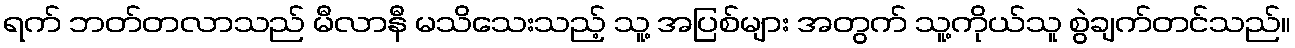
ရက် ဘတ်တလာသည် မီလာနီ မသိသေးသည့် သူ့ အပြစ်များ အတွက် သူ့ကိုယ်သူ စွဲချက်တင်သည်။